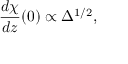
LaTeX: \frac { d \chi } { d z } ( 0 ) \propto \Delta ^ { 1 / 2 } ,